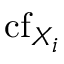
\operatorname { c f } _ { X _ { i } }